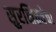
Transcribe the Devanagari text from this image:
सुरक्षिततेचा